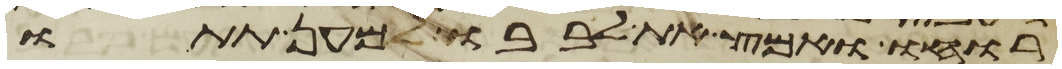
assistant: רוחו ואמץ את לבבו למען תתו